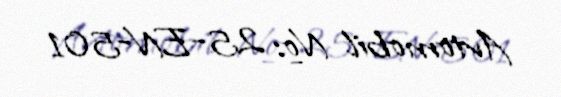
Avtomobil №: 25-EN-501